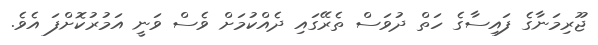
ޖޫރިމަނާގެ ފައިސާގެ ހަތް ދުވަސް ތެރޭގައި ދެއްކުމަށް ވެސް ވަނީ އަމުރުކޮށްފަ އެވެ.